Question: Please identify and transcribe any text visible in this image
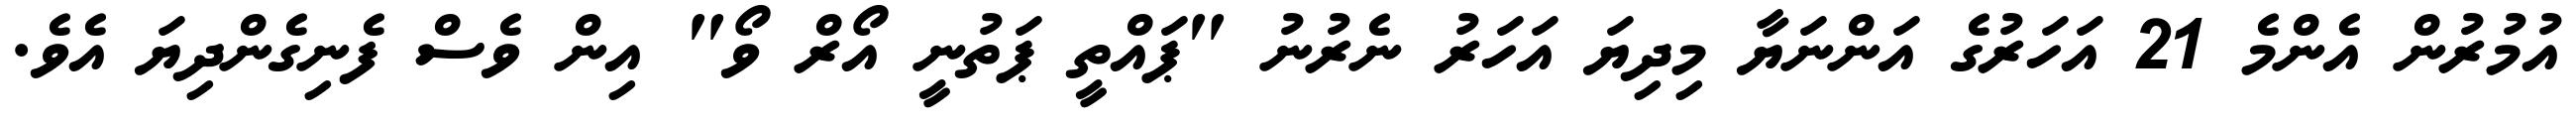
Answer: އުމުރުން އެންމެ 21 އަހަރުގެ އަންނަޔާ މިދިޔަ އަހަރު ނެރުނު "ޕައްތީ ޕަތުނީ އޯރް ވޯ" އިން ވެސް ފެނިގެންދިޔަ އެވެ.